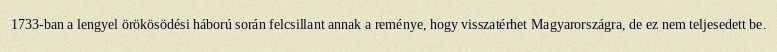
1733-ban a lengyel örökösödési háború során felcsillant annak a reménye, hogy visszatérhet Magyarországra, de ez nem teljesedett be.